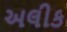
અલીક